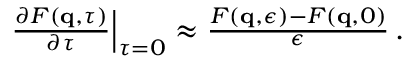
\begin{array} { r } { \left. \frac { \partial F ( \mathbf { q } , \tau ) } { \partial \tau } \right| _ { \tau = 0 } \approx \frac { F ( \mathbf { q } , \epsilon ) - F ( \mathbf { q } , 0 ) } { \epsilon } \, . } \end{array}